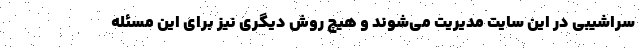
سراشیبی در این سایت مدیریت می‌شوند و هیچ روش دیگری نیز برای این مسئله